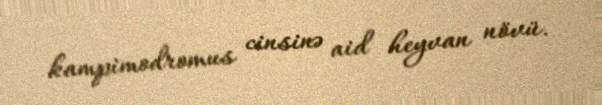
kampimodromus cinsinə aid heyvan növü.